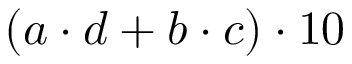
( a \cdot d + b \cdot c ) \cdot 1 0